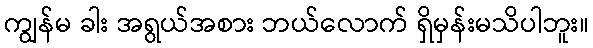
ကျွန်မ ခါး အရွယ်အစား ဘယ်လောက် ရှိမှန်းမသိပါဘူး။